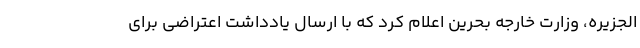
الجزیره، وزارت خارجه بحرین اعلام کرد که با ارسال یادداشت اعتراضی برای